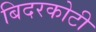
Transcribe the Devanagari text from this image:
बिदरकोटी